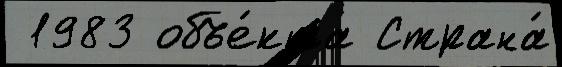
 1983 объе́кта Страна́